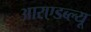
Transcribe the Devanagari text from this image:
आरएडब्ल्यू